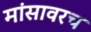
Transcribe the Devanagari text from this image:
मांसावरच